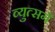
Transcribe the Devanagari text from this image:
व्युत्सगँ